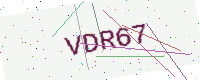
Text: VDR67